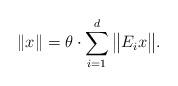
LaTeX: \begin{align*} \|x\|= \theta \cdot \sum_{i=1}^{d}\big\|E_i x\big\|.\end{align*}